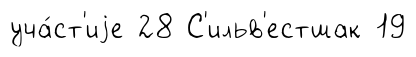
уча́ст'иjе 28 С'ильв'естшак 19